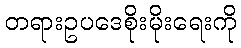
တရားဥပဒေစိုးမိုးရေးကို